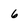
Character: 6